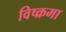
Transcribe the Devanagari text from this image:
विष्क्रमा